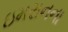
ઇમરાનના